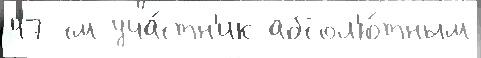
47 см уча́стн'ик абсол'ю́тным